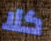
كلا